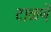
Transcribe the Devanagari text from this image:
टाळणें